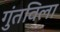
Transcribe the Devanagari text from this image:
गुंतविला